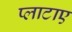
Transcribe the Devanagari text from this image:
प्लाटाए